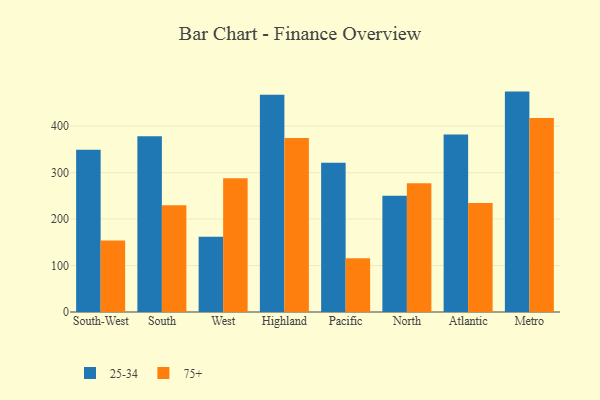
{"axis": {"x": "Region", "y": "Inventory Turnover"}, "legend": ["25-34", "75+"], "data": [{"x": "South-West", "y": 349.2, "type": "25-34"}, {"x": "South-West", "y": 153.7, "type": "75+"}, {"x": "South", "y": 378.3, "type": "25-34"}, {"x": "South", "y": 229.6, "type": "75+"}, {"x": "West", "y": 162.0, "type": "25-34"}, {"x": "West", "y": 288.0, "type": "75+"}, {"x": "Highland", "y": 467.8, "type": "25-34"}, {"x": "Highland", "y": 374.4, "type": "75+"}, {"x": "Pacific", "y": 321.4, "type": "25-34"}, {"x": "Pacific", "y": 115.9, "type": "75+"}, {"x": "North", "y": 250.3, "type": "25-34"}, {"x": "North", "y": 277.3, "type": "75+"}, {"x": "Atlantic", "y": 382.3, "type": "25-34"}, {"x": "Atlantic", "y": 234.6, "type": "75+"}, {"x": "Metro", "y": 474.5, "type": "25-34"}, {"x": "Metro", "y": 417.9, "type": "75+"}]}